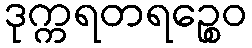
ဒုက္ကရတရဉ္စေဝ